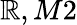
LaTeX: \mathbb{R},M2